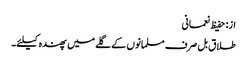
از: حفیظ نعمانی
طلاق بل صرف مسلمانوں کے گلے میں پھندہ کیلئے۔